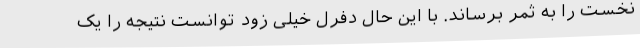
نخست را به ثمر برساند. با این حال دفرل خیلی زود توانست نتیجه را یک